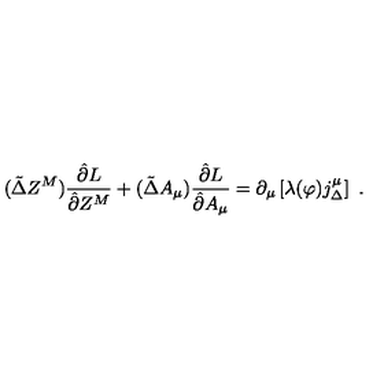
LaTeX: ( \tilde { \Delta } Z ^ { M } ) \frac { \hat { \partial } L } { \hat { \partial } Z ^ { M } } + ( \tilde { \Delta } A _ { \mu } ) \frac { \hat { \partial } L } { \hat { \partial } A _ { \mu } } = \partial _ { \mu } \left[ \lambda ( \varphi ) j _ { \Delta } ^ { \mu } \right] \ .